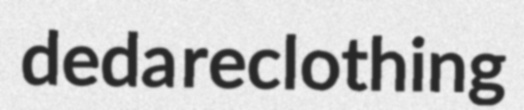
deda reclothing